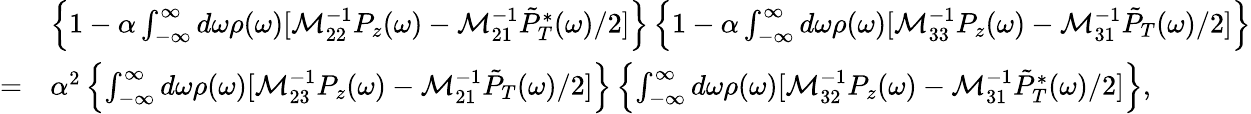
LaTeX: \begin{array}{rl}&{\left\{ 1-\alpha\int_{-\infty}^{\infty}d\omega\rho(\omega)[\mathcal M_{22}^{-1}P_{z}(\omega)-\mathcal M_{21}^{-1}\tilde{P}_{T}^{*}(\omega)/2]\right\} \left\{ 1-\alpha\int_{-\infty}^{\infty}d\omega\rho(\omega)[\mathcal M_{33}^{-1}P_{z}(\omega)-\mathcal M_{31}^{-1}\tilde{P}_{T}(\omega)/2]\right\} }\\ {=}&{\alpha^{2}\left\{ \int_{-\infty}^{\infty}d\omega\rho(\omega)[\mathcal M_{23}^{-1}P_{z}(\omega)-\mathcal M_{21}^{-1}\tilde{P}_{T}(\omega)/2]\right\} \left\{ \int_{-\infty}^{\infty}d\omega\rho(\omega)[\mathcal M_{32}^{-1}P_{z}(\omega)-\mathcal M_{31}^{-1}\tilde{P}_{T}^{*}(\omega)/2]\right\} ,}\end{array}